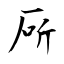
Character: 厛